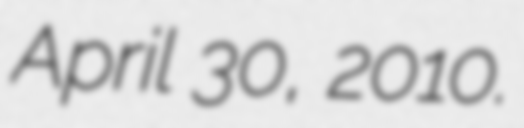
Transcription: April 30, 2010.